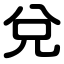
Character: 兌